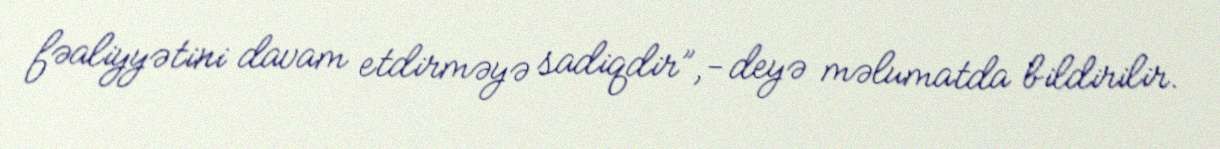
fəaliyyətini davam etdirməyə sadiqdir”,- deyə məlumatda bildirilir.